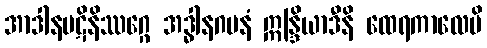
အာဒါနပဋိနိဿဂ္ဂေ အဒ္ဓါနဂမနံ ဣန္ဒြိယာဒီနိ ထေရကာလေပိ